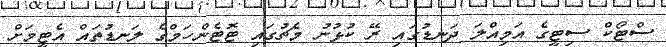
ސްޓޯކް ސިޓީގެ އަމިއްލަ ދަނޑުގައި ރޭ ކުޅުނު މެޗުގައި ޓޮޓެންހަމްގެ ލަނޑުތައް އެޓީމަށް